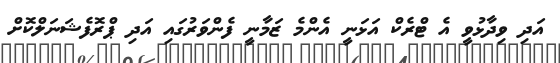
އަދި ވިދާޅުވީ އެ ޓްރެކް އަޅަނީ އެންމެ ޒަމާނީ ފެންވަރުގައި އަދި ޕްރޮފެޝަނަލްކޮށް